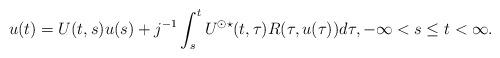
LaTeX: \begin{align*} u(t) = U(t,s)u(s) + j^{-1}\int_s^t U^{\odot \star}(t,\tau) R(\tau,u(\tau)) d\tau, -\infty < s \leq t < \infty.\end{align*}